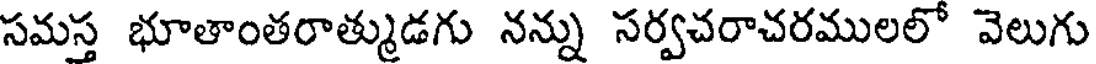
సమస్త భూతాంతరాత్ముడగు నన్ను సర్వచరాచరములలో వెలుగు